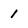
Character: 1